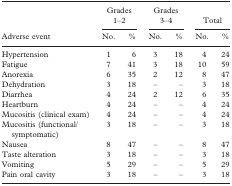
|  | <COLSPAN=2> Grades 1–2 | <COLSPAN=2> Grades 3–4 | <COLSPAN=2> Total |
 | Adverse event | No. | % | No. | % | No. | % |
 | --- | --- | --- | --- | --- | --- | --- |
 | Hypertension | 1 | 6 | 3 | 18 | 4 | 24 |
 | Fatigue | 7 | 41 | 3 | 18 | 10 | 59 |
 | Anorexia | 6 | 35 | 2 | 12 | 8 | 47 |
 | Dehydration | 3 | 18 | – | – | 3 | 18 |
 | Diarrhea | 4 | 24 | 2 | 12 | 6 | 35 |
 | Heartburn | 4 | 24 | – | – | 4 | 24 |
 | Mucositis (clinical exam) | 4 | 24 | – | – | 4 | 24 |
 | Mucositis (functional/symptomatic) | 3 | 18 | – | – | 3 | 18 |
 | Nausea | 8 | 47 | – | – | 8 | 47 |
 | Taste alteration | 3 | 18 | – | – | 3 | 18 |
 | Vomiting | 5 | 29 | – | – | 5 | 29 |
 | Pain oral cavity | 3 | 18 | – | – | 3 | 18 |